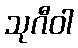
သုဂီဝါ